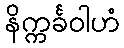
နိက္ကင်္ခဝါဟံ